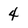
Character: 4